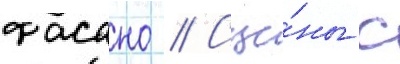
фасано // Сце́ны с